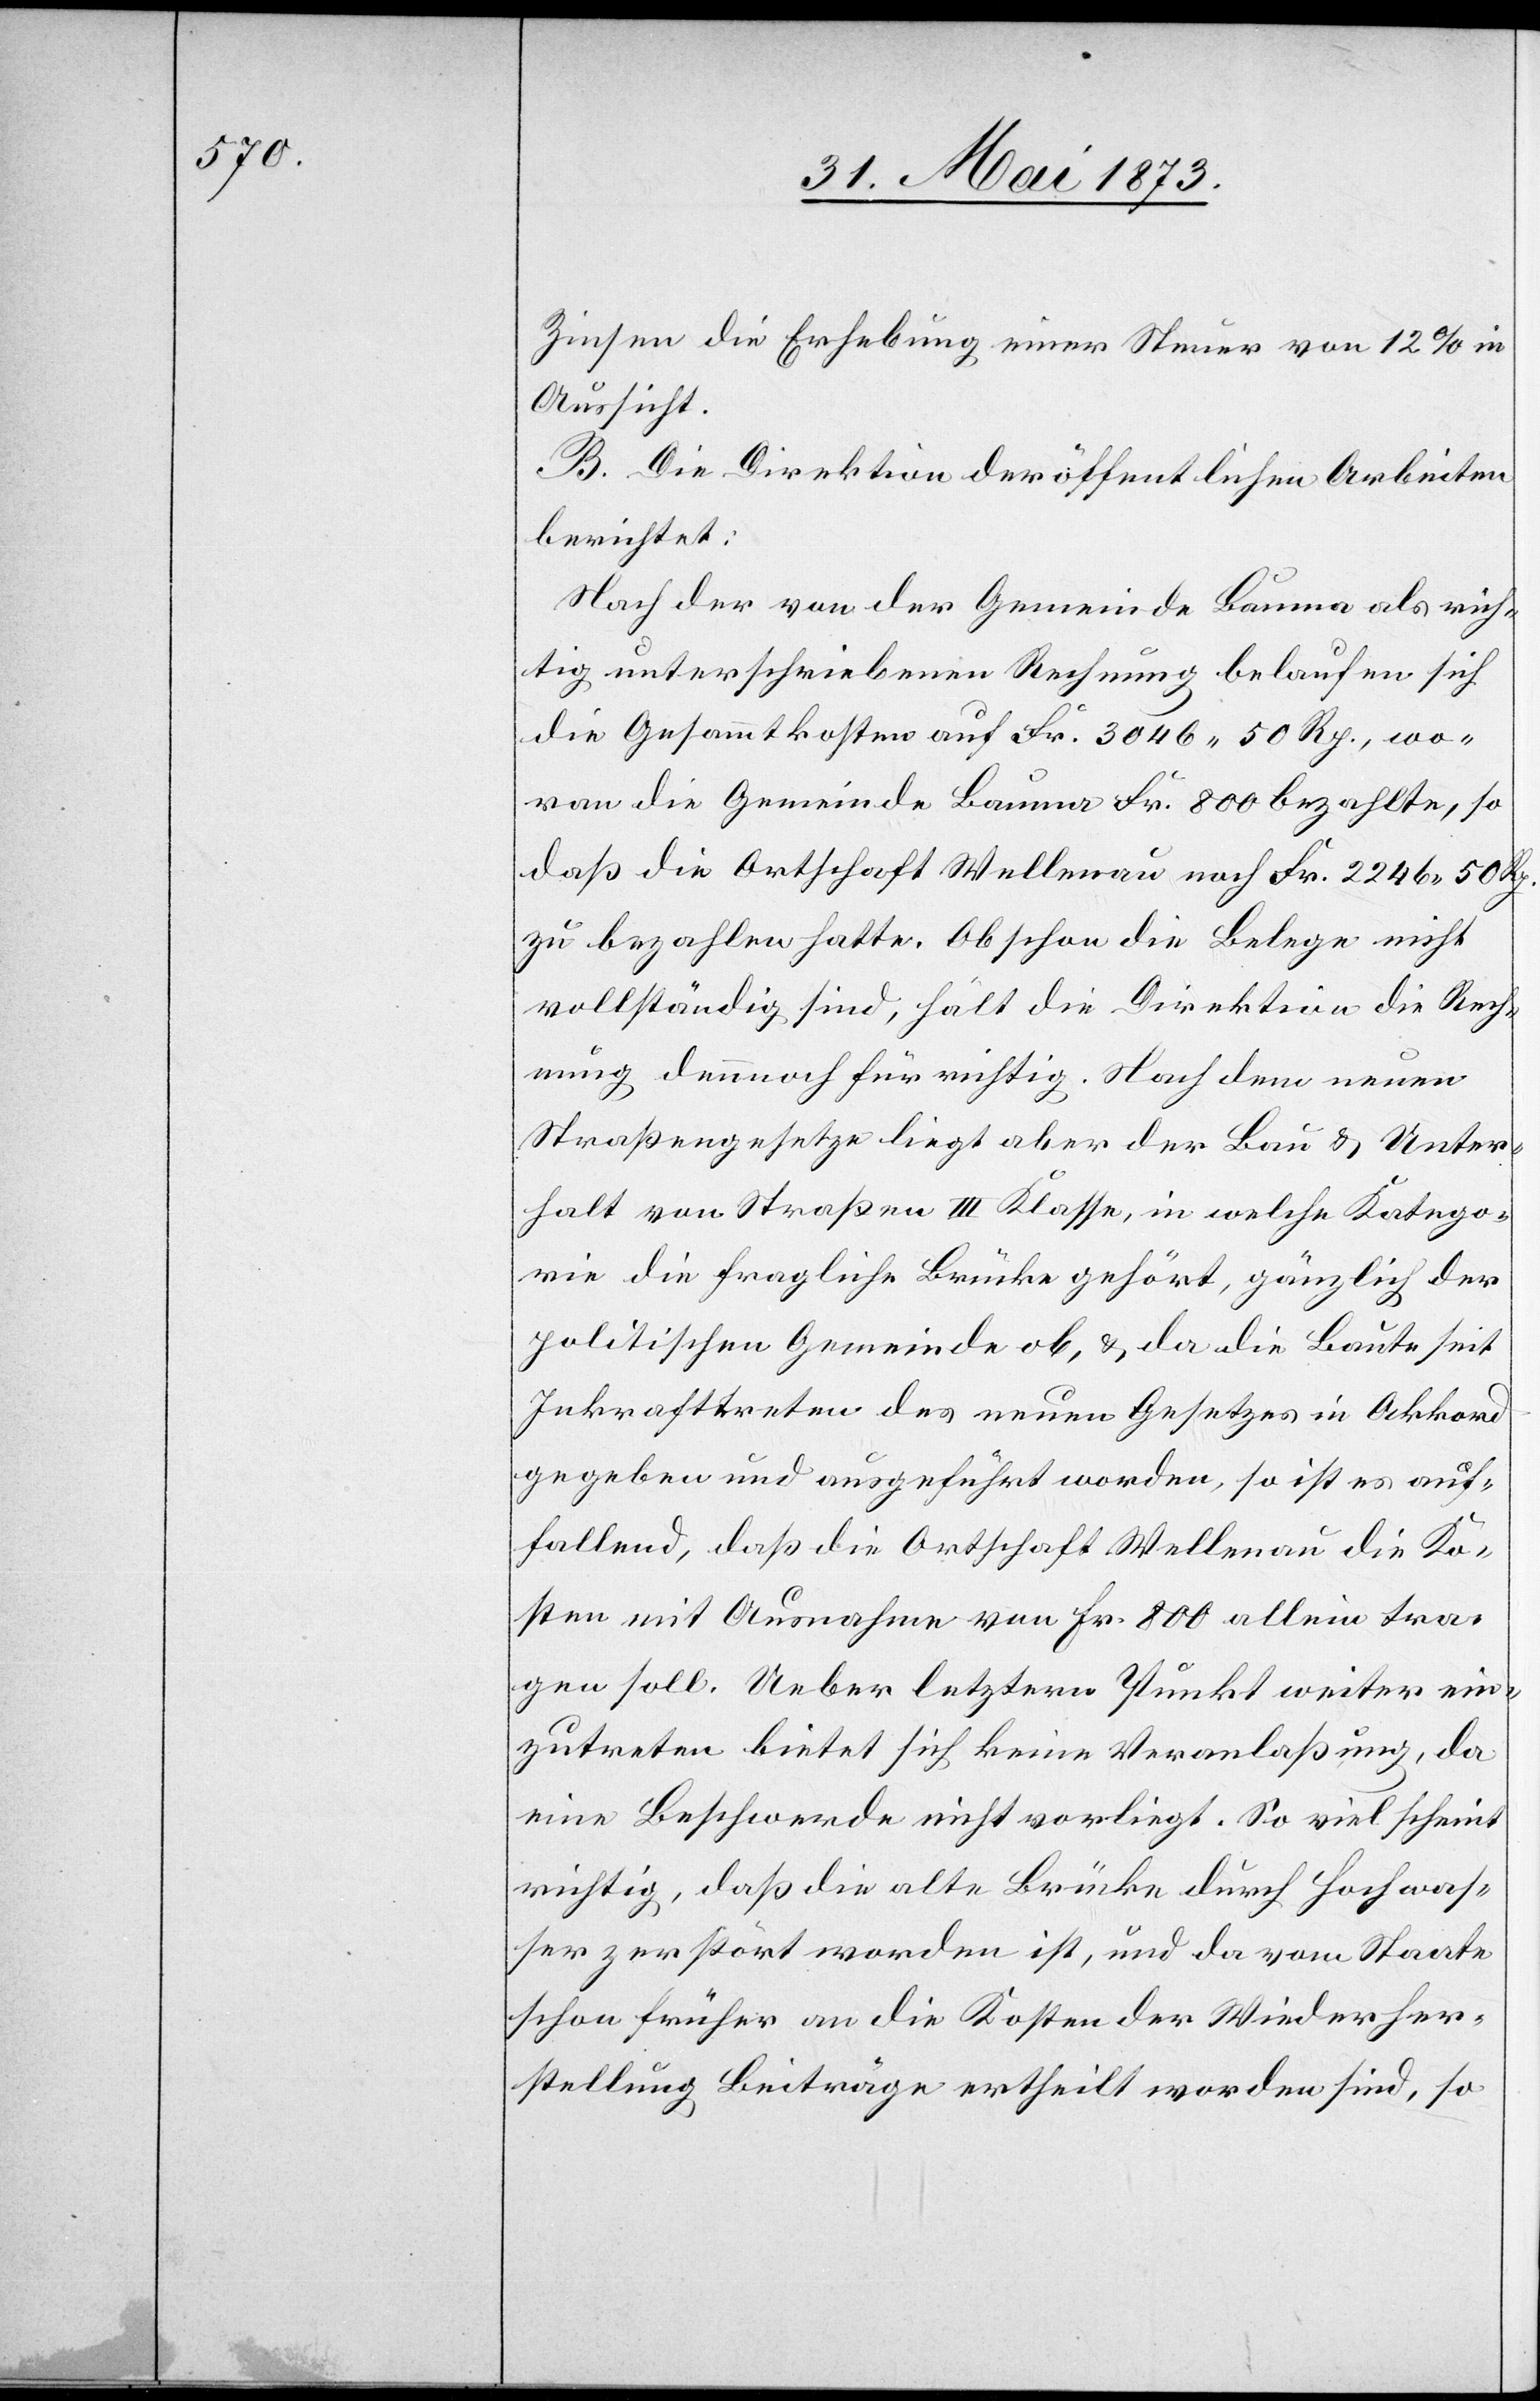
Zinsen die Erhebung einer Steuer von 12% in
Aussicht.
B. Die Direktion der öffentlichen Arbeiten
berichtet:
Nach der von der Gemeinde Bauma als rich¬
tig unterschriebenen Rechnung belaufen sich
die Gesammtkosten auf Fr. 3 046 50 Rp., wo¬
von die Gemeinde Bauma Fr. 800 bezahlte, so
daß die Ortschaft Wellenau noch Fr. 2 246 50 Rp.
zu bezahlen hatte. Obschon die Belege nicht
vollständig sind, hält die Direktion die Rech¬
nung dennoch für richtig. Nach dem neuen
Straßengesetze liegt aber der Bau & Unter¬
halt von Straßen III Klasse, in welche Katego¬
rie die fragliche Brücke gehört, gänzlich der
politischen Gemeinde ob, & da die Baute seit
Inkrafttreten des neuen Gesetzes in Akkord
gegeben und ausgeführt worden, so ist es auf¬
fallend, daß die Ortschaft Wellenau die Ko¬
sten mit Ausnahme von Fr. 800 allein tra¬
gen soll. Ueber letztern Punkt weiter ein¬
zutreten bietet sich keine Veranlaßung, da
eine Beschwerde nicht vorliegt. So viel scheint
richtig, daß die alte Brücke durch Hochwas¬
ser zerstört worden ist, und da vom Staate
schon früher an die Kosten der Wiederher¬
stellung Beiträge ertheilt worden sind, so